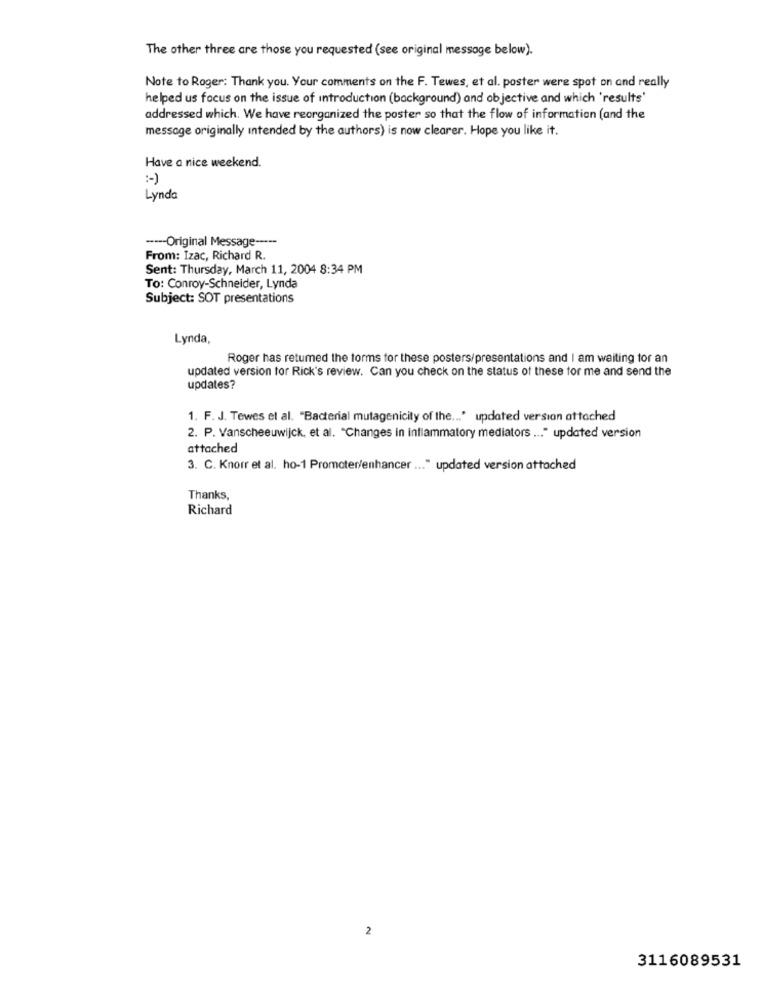
The other three are those you requested (see original message below).
Note to Roger: Thank you. Your comments on the F. Tewes, et al. poster were spot on and really
helped us focus on the issue of introduction (background) and objective and which 'results'
addressed which. We have reorganized the poster so that the flow of information (and the
message originally intended by the authors) is now clearer. Hope you like it.
Have a nice weekend.
:- )
Lynda
----- Original Message -----
From: Izac, Richard R.
Sent: Thursday, March 11, 2004 8:34 PM
To: Conroy-Schneider, Lynda
Subject: SOT presentations
Lynda,
Roger has retumed the forms for these posters/presentations and I am waiting for an
updated version tor Rick's review. Can you check on the status of these for me and send the
updates?
1. F. J. Tewes et al. "Bacterial mutagenicity of the ... " updated version attached
2. P. Vanscheeuwijck, et al. "Changes in inflammatory mediators ... " updated version
attached
3. C. Knorr et al. ho-1 Promoter/enhancer ... " updated version attached
Thanks,
Richard
2
3116089531